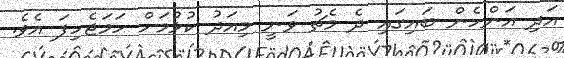
އަދި އަންހެން ބައިގައި ދެ މެޗު ވަނީ މިއަދު ކުޅުމަށް ހަމަޖެހިފަ އެވެ.